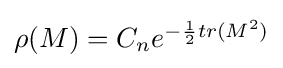
{\textstyle \rho (M)=C_{n}e^{-{\frac {1}{2}}tr(M^{2})}}